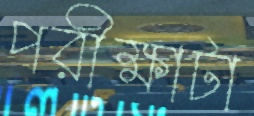
পরীক্ষাটা